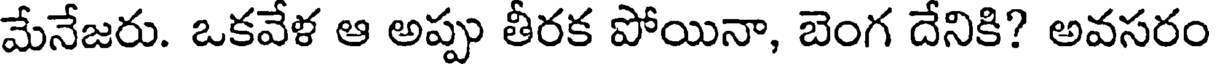
మేనేజరు. ఒకవేళ ఆ అప్పు తీరక పోయినా, బెంగ దేనికి? అవసరం